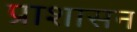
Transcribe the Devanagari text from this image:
प्राशासन